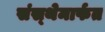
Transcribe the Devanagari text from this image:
संस्‍थेमार्फत